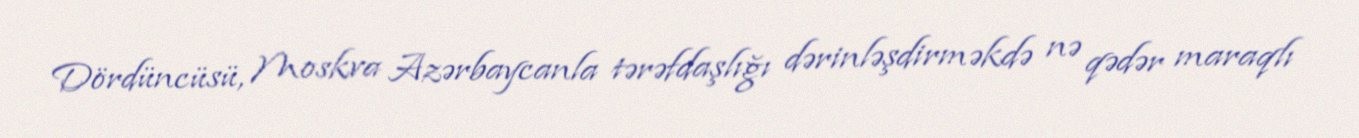
Dördüncüsü, Moskva Azərbaycanla tərəfdaşlığı dərinləşdirməkdə nə qədər maraqlı